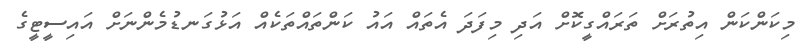
މިކަންކަން އިތުރަށް ތަރައްގީކޮށް އަދި މިފަދަ އެތައް އައު ކަންތައްތަކެއް އަޅުގަނޑުމެންނަށް އައިސީޓީގެ